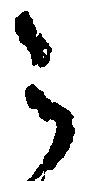
被